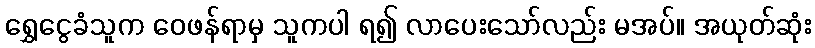
ရွှေငွေခံသူက ဝေဖန်ရာမှ သူကပါ ရ၍ လာပေးသော်လည်း မအပ်။ အယုတ်ဆုံး